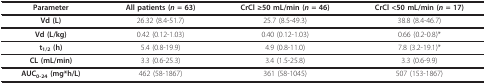
| Parameter | All patients (n = 63) | CrCl ≥50 mL/min (n = 46) | CrCl <50 mL/min (n = 17) |
 | --- | --- | --- | --- |
 | Vd (L) | 26.32 (8.4-51.7) | 25.7 (8.5-49.3) | 38.8 (8.4-46.7) |
 | Vd (L/kg) | 0.42 (0.12-1.03) | 0.40 (0.12-1.03) | 0.66 (0.2-0.8)* |
 | t1/2 (h) | 5.4 (0.8-19.9) | 4.9 (0.8-11.0) | 7.8 (3.2-19.1)* |
 | CL (mL/min) | 3.3 (0.6-25.3) | 3.4 (1.5-25.8) | 3.3 (0.6-9.9) |
 | AUC0-24 (mg*h/L) | 462 (58-1867) | 361 (58-1045) | 507 (153-1867) |